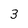
Character: 3